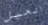
الحيل